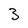
Character: 3